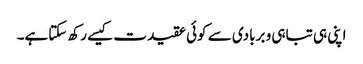
اپنی ہی تباہی و بربادی سے کوئی عقیدت کیسے رکھ سکتاہے۔